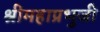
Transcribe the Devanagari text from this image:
श्रीमहाप्रभुजी